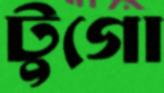
টুগো